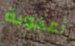
أعجوبة